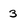
Character: 3